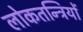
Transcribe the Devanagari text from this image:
लोकतन्त्रियों